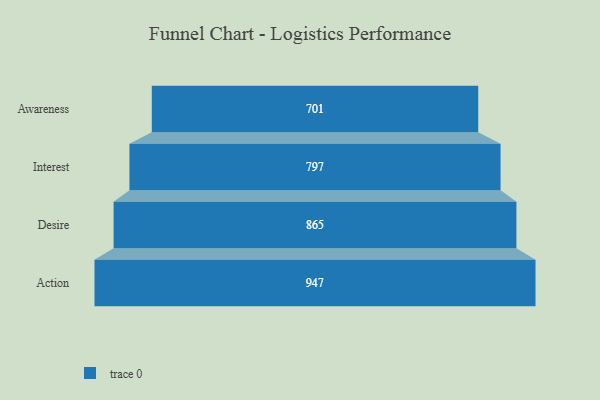
{"axis": {"x": "Stage", "y": "Value"}, "legend": [""], "data": [{"x": "Awareness", "y": 701.0, "type": ""}, {"x": "Interest", "y": 797.0, "type": ""}, {"x": "Desire", "y": 865.0, "type": ""}, {"x": "Action", "y": 947.0, "type": ""}]}